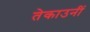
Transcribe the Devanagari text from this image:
तेकाउनीं